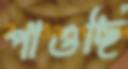
পাওছি